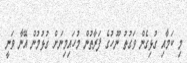
މި ކަމާއި ގުޅިގެން ވަގުތު ނޫހުގެ ފަރާތުން މުހައިމިނަށް ގުޅުމުން އޭނާ ވަނީ